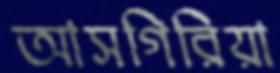
আসগিরিয়া